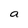
Character: a